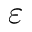
\varepsilon